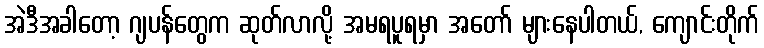
အဲဒီအခါတော့ ဂျပန်တွေက ဆုတ်လာလို့ အမရပူရမှာ အတော် များနေပါတယ်, ကျောင်းတိုက်